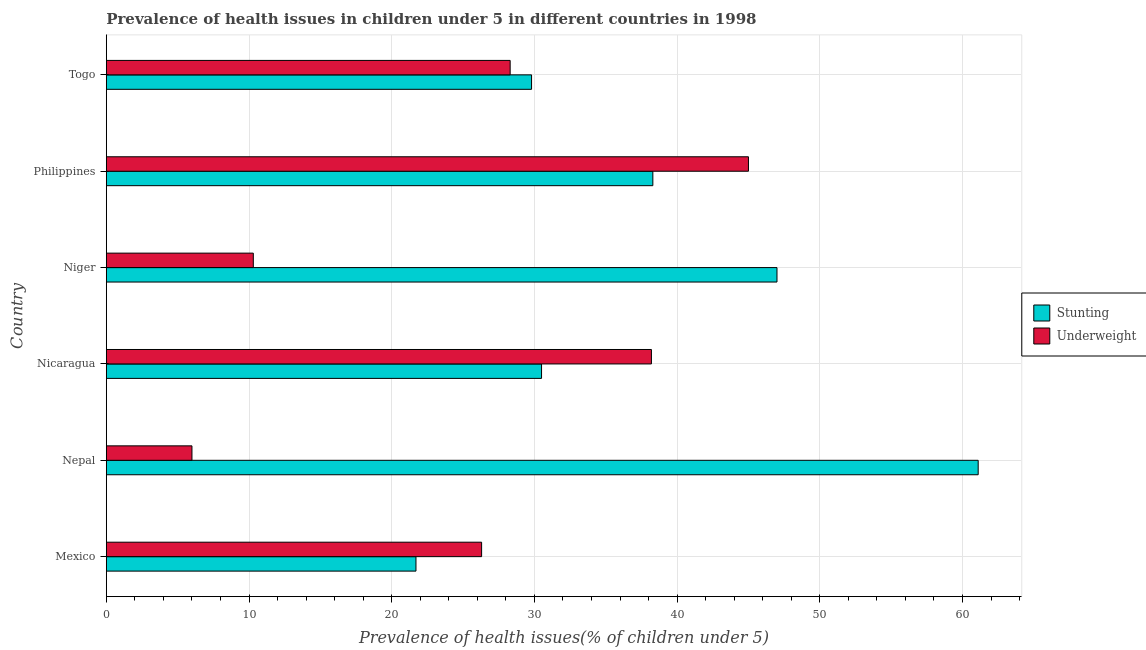
| Country | Stunting | Underweight |
 | --- | --- | --- |
 | Mexico | 21.7 | 26.3 |
 | Nepal | 61.1 | 6 |
 | Nicaragua | 30.5 | 38.2 |
 | Niger | 47 | 10.3 |
 | Philippines | 38.3 | 45 |
 | Togo | 29.8 | 28.3 |